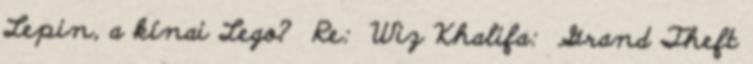
Lepin, a kínai Lego? Re: Wiz Khalifa: Grand Theft